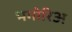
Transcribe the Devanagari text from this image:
भगोरिअ